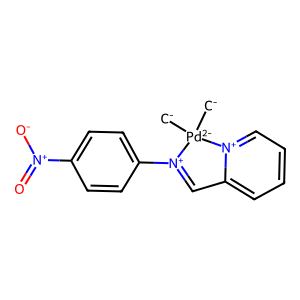
SMILES: [CH2-][Pd-2]1([CH2-])[N+](c2ccc([N+](=O)[O-])cc2)=Cc2cccc[n+]21
Inhibits HIV replication: No